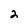
Character: 2